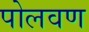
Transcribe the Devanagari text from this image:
पोलवण